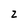
Character: 2